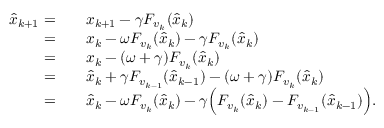
\begin{array} { r l } { \hat { x } _ { k + 1 } = \quad } & { x _ { k + 1 } - \gamma F _ { v _ { k } } ( \hat { x } _ { k } ) } \\ { = \quad } & { x _ { k } - \omega F _ { v _ { k } } ( \hat { x } _ { k } ) - \gamma F _ { v _ { k } } ( \hat { x } _ { k } ) } \\ { = \quad } & { x _ { k } - ( \omega + \gamma ) F _ { v _ { k } } ( \hat { x } _ { k } ) } \\ { = \quad } & { \hat { x } _ { k } + \gamma F _ { v _ { k - 1 } } ( \hat { x } _ { k - 1 } ) - ( \omega + \gamma ) F _ { v _ { k } } ( \hat { x } _ { k } ) } \\ { = \quad } & { \hat { x } _ { k } - \omega F _ { v _ { k } } ( \hat { x } _ { k } ) - \gamma \Big ( F _ { v _ { k } } ( \hat { x } _ { k } ) - F _ { v _ { k - 1 } } ( \hat { x } _ { k - 1 } ) \Big ) . } \end{array}